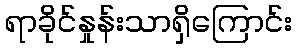
ရာခိုင်နှုန်းသာရှိကြောင်း